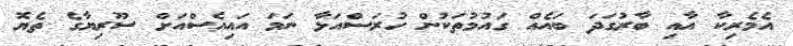
އެމެރިކާ އާއި ބާރުގަދަ ބައެއް ގައުމުތަކުން ހުރަސްއަޅާ ނަމަ އައިއެސްއަށް ސޫރިޔާގެ ތެޔޮ